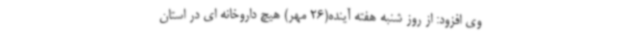
وی افزود: از روز شنبه هفته آینده(26 مهر) هیچ داروخانه ای در استان